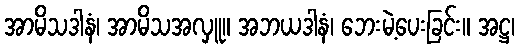
အာမိသဒါနံ၊ အာမိသအလှူ။ အဘယဒါနံ၊ ဘေးမဲ့ပေးခြင်း။ အဋ္ဌ၊